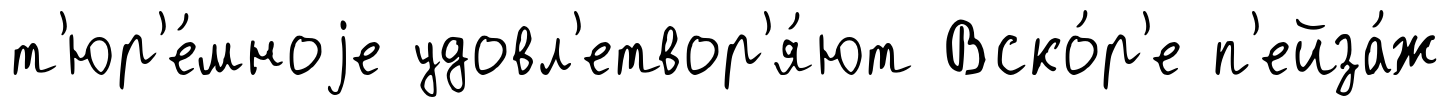
т'юр'е́мноjе удовл'етвор'я́ют Вско́р'е п'ейза́ж